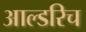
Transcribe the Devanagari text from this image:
आल्डरिच